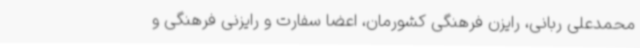
محمدعلی ربانی، رایزن فرهنگی کشورمان، اعضا سفارت و رایزنی فرهنگی و